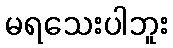
မရသေးပါဘူး